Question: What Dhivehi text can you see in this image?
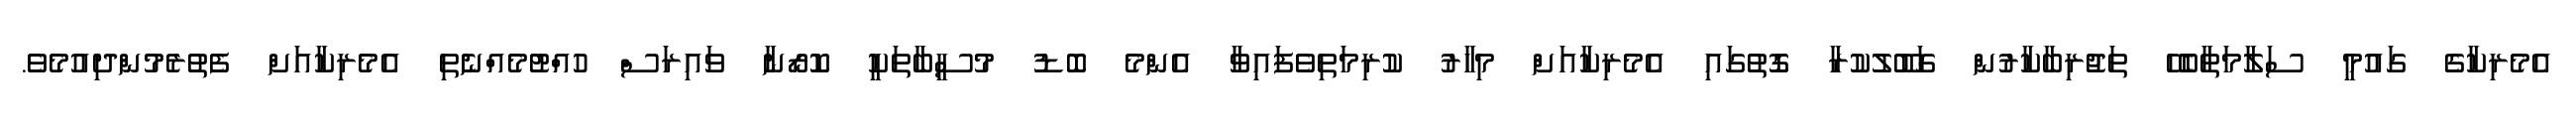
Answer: އެމެރިކާގެ ގައުމީ ސަލާމަތާބެހޭ ތަޖުރިބާކާރުން ގަބޫލުކުރާ ގޮތުގައި އެމެރިކާއަށް މިހާރު ކުރިމަތިވެފައިވާ އެންމެ ބޮޑު މުސީބާތަކީ ކޮރޯނާ ވައިރަސް ހުއްޓުމެއްނެތި އެމެރިކާއަށް ފެތުރެމުންދިއުމެވެ.